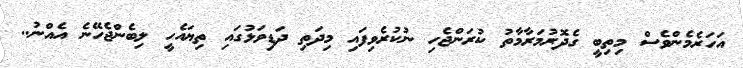
އަހަރެމެންވެސް މިތިބީ ގެދޮރުމަރާމާތު ކުރަންޖެހި ނުކުރެވިފައި މިދަތި ދަޑިވަޅުގައި ތިޔައެހީ ލިބެންޖެހޭނެ އެއްނު..